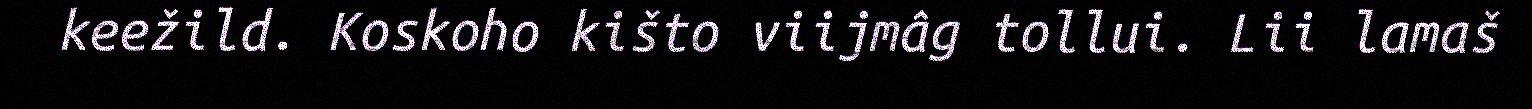
keežild. Koskoho kišto viijmâg tollui. Lii lamaš